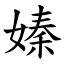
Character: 嫀